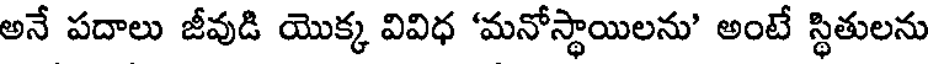
అనే పదాలు జీవుడి యొక్క వివిధ 'మనోస్థాయిలను' అంటే స్థితులను